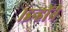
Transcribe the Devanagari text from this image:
।इन्हाेंने